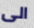
الى